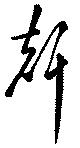
声